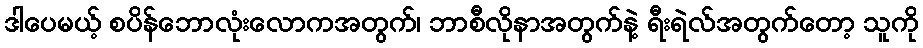
ဒါပေမယ့် စပိန်ဘောလုံးလောကအတွက်၊ ဘာစီလိုနာအတွက်နဲ့ ရီးရဲလ်အတွက်တော့ သူကို